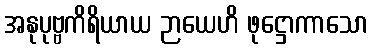
အနုပုဗ္ဗကိရိယာယ ဉာယေဟိ ဖုဋ္ဌောကာသော